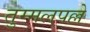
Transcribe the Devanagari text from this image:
तुम्मलपल्ले